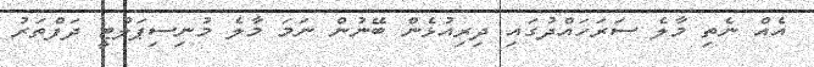
އެއް ނެތި މާލެ ސަރަހައްދުގައި ދިރިއުޅެން ބޭނުން ނަމަ މާލެ މުނިސިޕަލްޓީ ދަފްތަރު